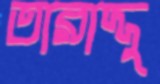
তারাদ্দু